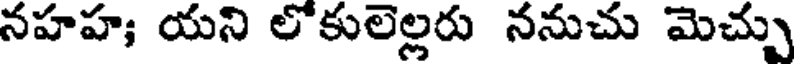
నహహ; యని లోకులెల్లరు ననుచు మెచ్చు